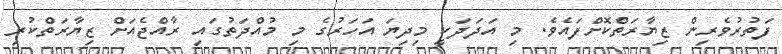
ފަތުރުވެރިން ޒިޔާރަތްކޮށްފައެވެ. މި އަދަދަކީ މިދިޔަ އަހަރުގެ މި މުއްދަތުގައި ރާއްޖެއަށް ޒިޔާރަތްކުރި